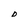
Character: D